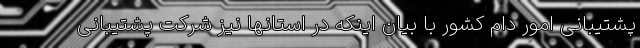
پشتیبانی امور دام کشور با بیان اینکه در استانها نیز شرکت پشتیبانی